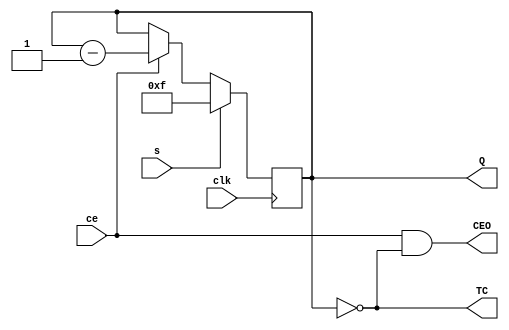
`timescale 1ns / 1ps
//////////////////////////////////////////////////////////////////////////////////
// Company: 
// Engineer: 
// 
// Design Name: 
// Module Name:    VCBDmSE 
// Project Name: 
// Target Devices: 
// Tool versions: 
// Description: 
//
// Dependencies: 
//
// Revision: 
// Revision 0.01 - File Created
// Additional Comments: 
//
//////////////////////////////////////////////////////////////////////////////////

`define m 4

module VCBDmSE (input ce,  output reg [`m-1:0] Q = (1<<`m)-1,
                input clk, output wire TC,
                input s,   output wire CEO);
assign TC = (Q == 0) ; //Q0,Q1,...Q'm-1 ==0
assign CEO = ce & TC ; // 
always @ (posedge clk) begin
Q <= s? ((1 << `m) - 1) : ce? Q - 1 : Q ; /*  s=1,   2m-1,   ce=1,  "-",  ""*/
end
endmodule